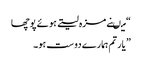
“ میںنے مزہ لیتے ہوئے پوچھا
” یار تم ہمارے دوست ہو۔